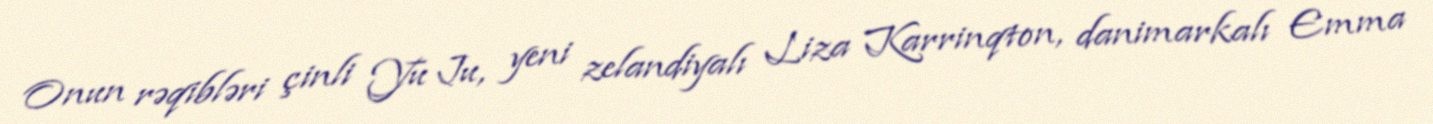
Onun rəqibləri çinli Yu Ju, yeni zelandiyalı Liza Karrinqton, danimarkalı Emma